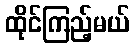
ထိုင်ကြည့်မယ်